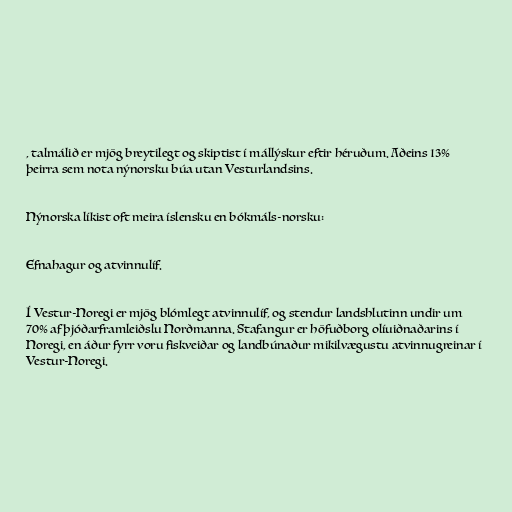
, talmálið er mjög breytilegt og skiptist í mállýskur eftir héruðum. Aðeins 13%
þeirra sem nota nýnorsku búa utan Vesturlandsins.

Nýnorska líkist oft meira íslensku en bókmáls-norsku:

Efnahagur og atvinnulíf.

Í Vestur-Noregi er mjög blómlegt atvinnulíf, og stendur landshlutinn undir um
70% af þjóðarframleiðslu Norðmanna. Stafangur er höfuðborg olíuiðnaðarins í
Noregi, en áður fyrr voru fiskveiðar og landbúnaður mikilvægustu atvinnugreinar í
Vestur-Noregi.